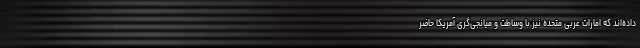
داده‌اند که امارات عربی متحده نیز با وساطت و میانجی‌گری آمریکا حاضر